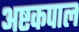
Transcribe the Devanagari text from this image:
अष्टकपाल